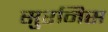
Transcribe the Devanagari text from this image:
सुरनिस